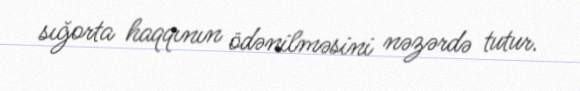
sığorta haqqının ödənilməsini nəzərdə tutur.